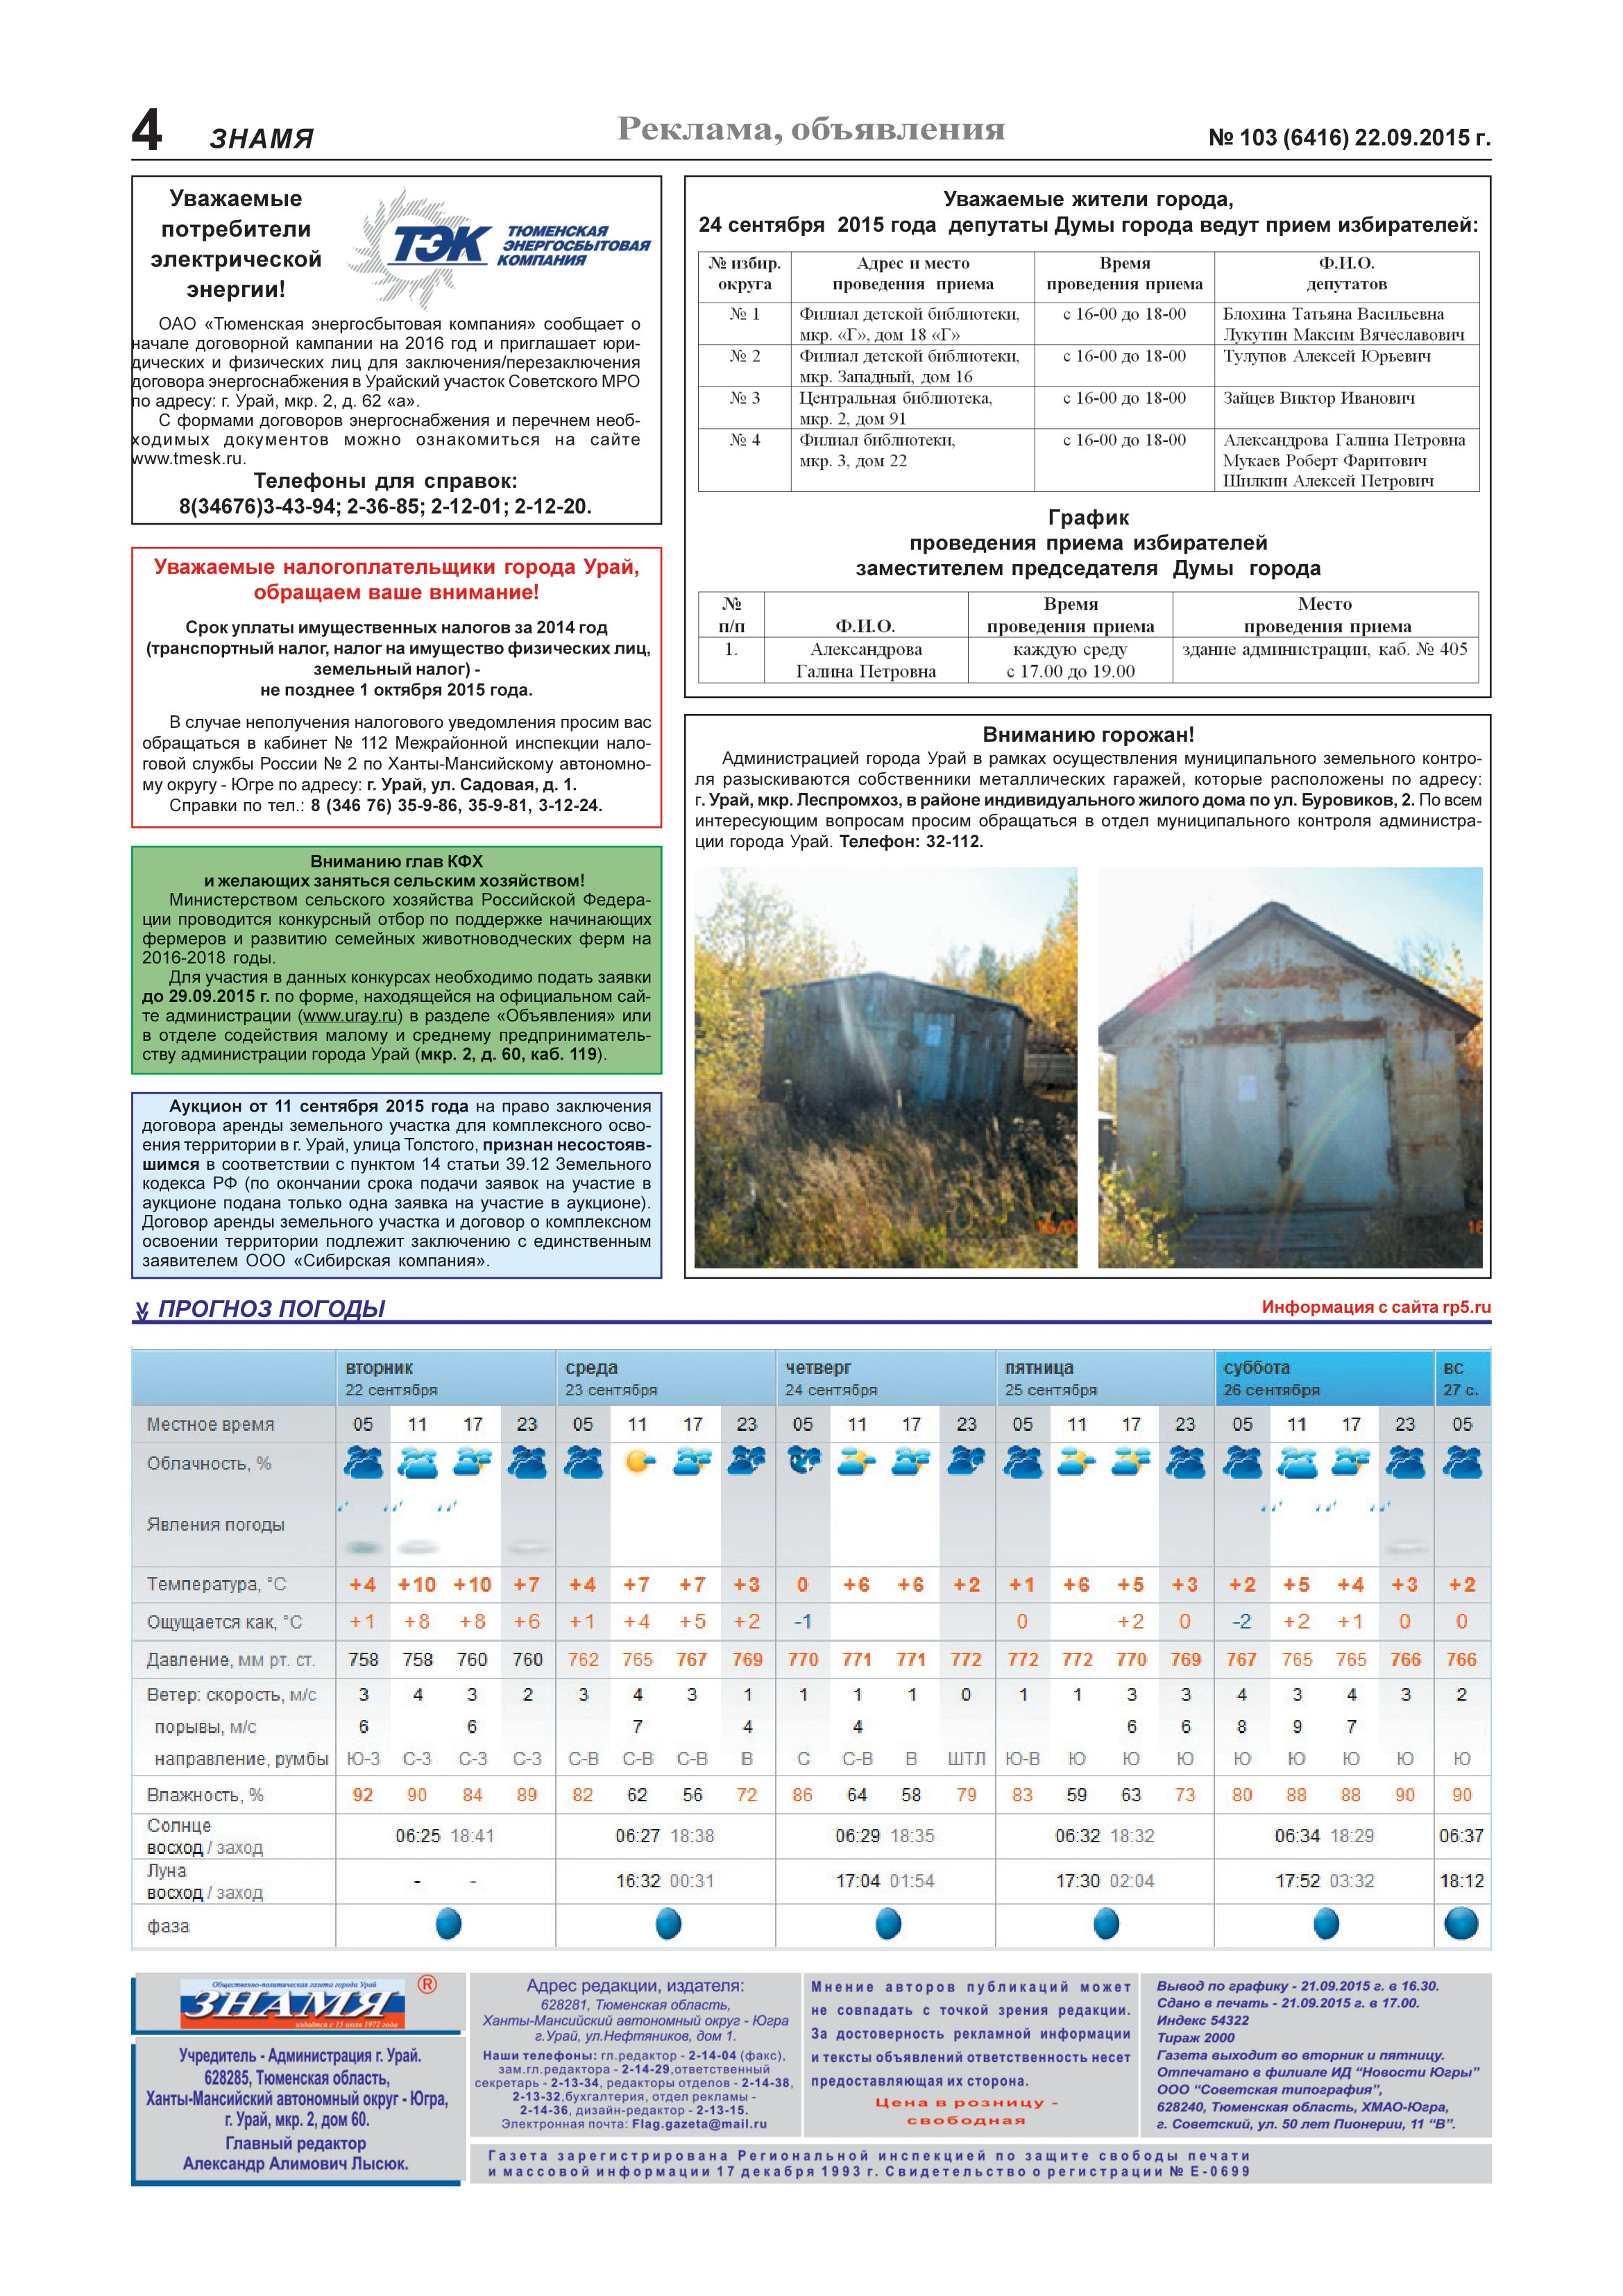
Language: ru